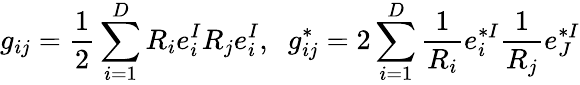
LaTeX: g_{ij}=\frac{1}{2}\sum_{i=1}^{D}R_{i}e_{i}^{I}R_{j}e_{i}^{I},\; \; g_{ij}^{*}=2\sum_{i=1}^{D}\frac{1}{R_{i}}e_{i}^{*I}\frac{1}{R_{j}}e_{J}^{*I}